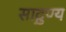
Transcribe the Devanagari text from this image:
साद्गुण्य